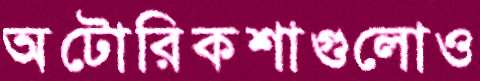
অটোরিকশাগুলোও